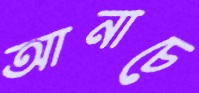
আনাচে